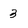
Character: 3